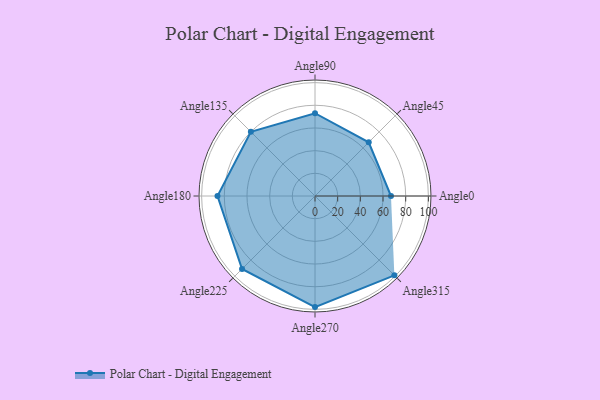
{"axis": {"x": "Angle", "y": "Radius"}, "legend": [""], "data": [{"x": "Angle0", "y": 67.0, "type": ""}, {"x": "Angle45", "y": 67.0, "type": ""}, {"x": "Angle90", "y": 73.0, "type": ""}, {"x": "Angle135", "y": 80.0, "type": ""}, {"x": "Angle180", "y": 86.0, "type": ""}, {"x": "Angle225", "y": 91.0, "type": ""}, {"x": "Angle270", "y": 98.0, "type": ""}, {"x": "Angle315", "y": 99.0, "type": ""}]}